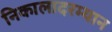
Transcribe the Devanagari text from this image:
निकालादरम्यान